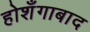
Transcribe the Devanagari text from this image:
होशँगाबाद